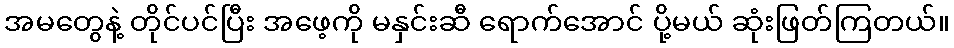
အမတွေနဲ့ တိုင်ပင်ပြီး အဖေ့ကို မနှင်းဆီ ရောက်အောင် ပို့မယ် ဆုံးဖြတ်ကြတယ်။